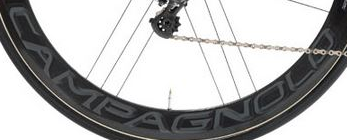
CAMPAGNOLO